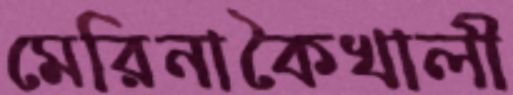
মেরিনাকৈখালী